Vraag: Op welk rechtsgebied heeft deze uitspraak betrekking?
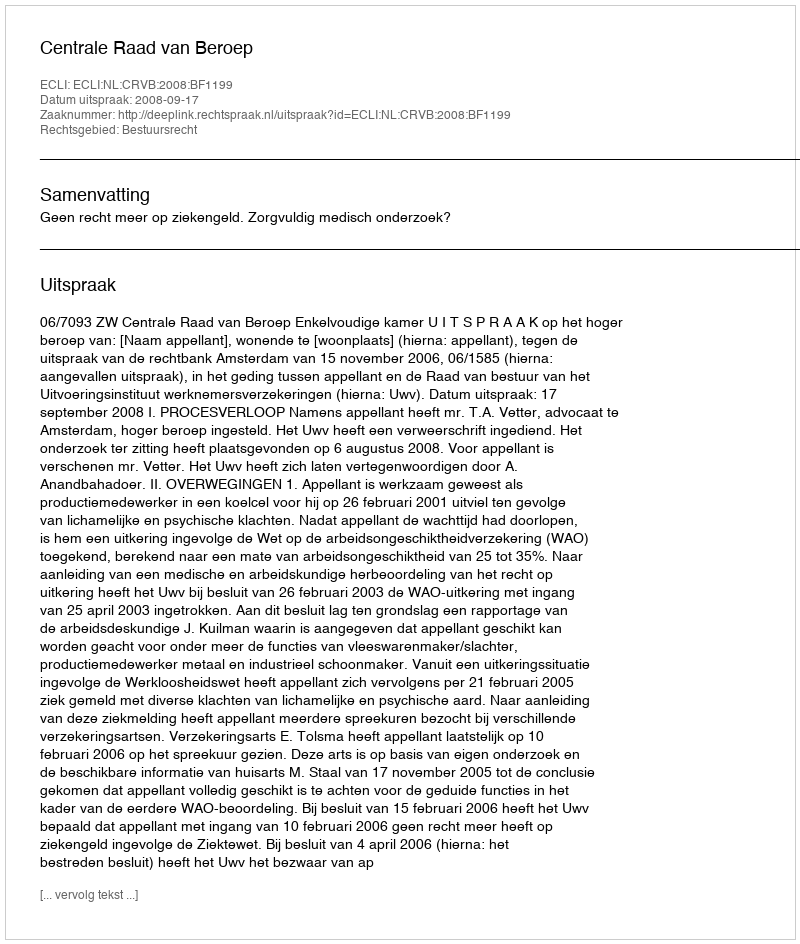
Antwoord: Bestuursrecht